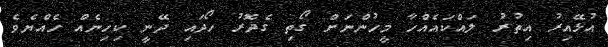
އުޅޭއިރު އިތުރު ލައްކައެއްހާ މީހުންނަށް ގޯތި ގެދޮރު ހޯދައި ދޭނީ ކިހިނެއް ހެއްޔެވެ